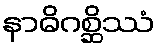
နာဓိဂစ္ဆိဿံ